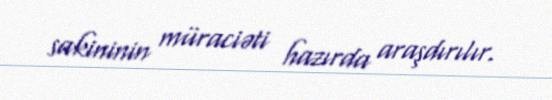
sakininin müraciəti hazırda araşdırılır.